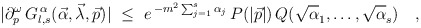
\begin{align*}\vert\partial_{p}^{\omega}\,G^{\,\alpha}_{l,s}(\vec\alpha,\vec\lambda,\vec p)\vert\ \leq\ e^{\,-m^{2}\sum_{j=1}^{s}\alpha_{j}}\,P(\vert\vec p\vert)\,Q(\sqrt\alpha_{1},\ldots,\sqrt\alpha_{s})\quad,\end{align*}